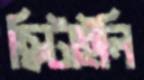
ছিটাইলি